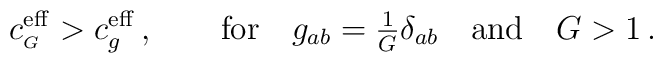
c^{\rm eff}_{\scriptscriptstyle G} > c^{\rm eff}_g  \,, \qquad {\rm for}   \quad g_{ab} = {\textstyle \frac{1}{G} } \delta_{ab}  \quad {\rm and} \quad G>1 \,.